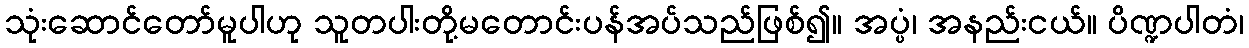
သုံးဆောင်တော်မူပါဟု သူတပါးတို့မတောင်းပန်အပ်သည်ဖြစ်၍။ အပ္ပံ၊ အနည်းငယ်။ ပိဏ္ဍပါတံ၊